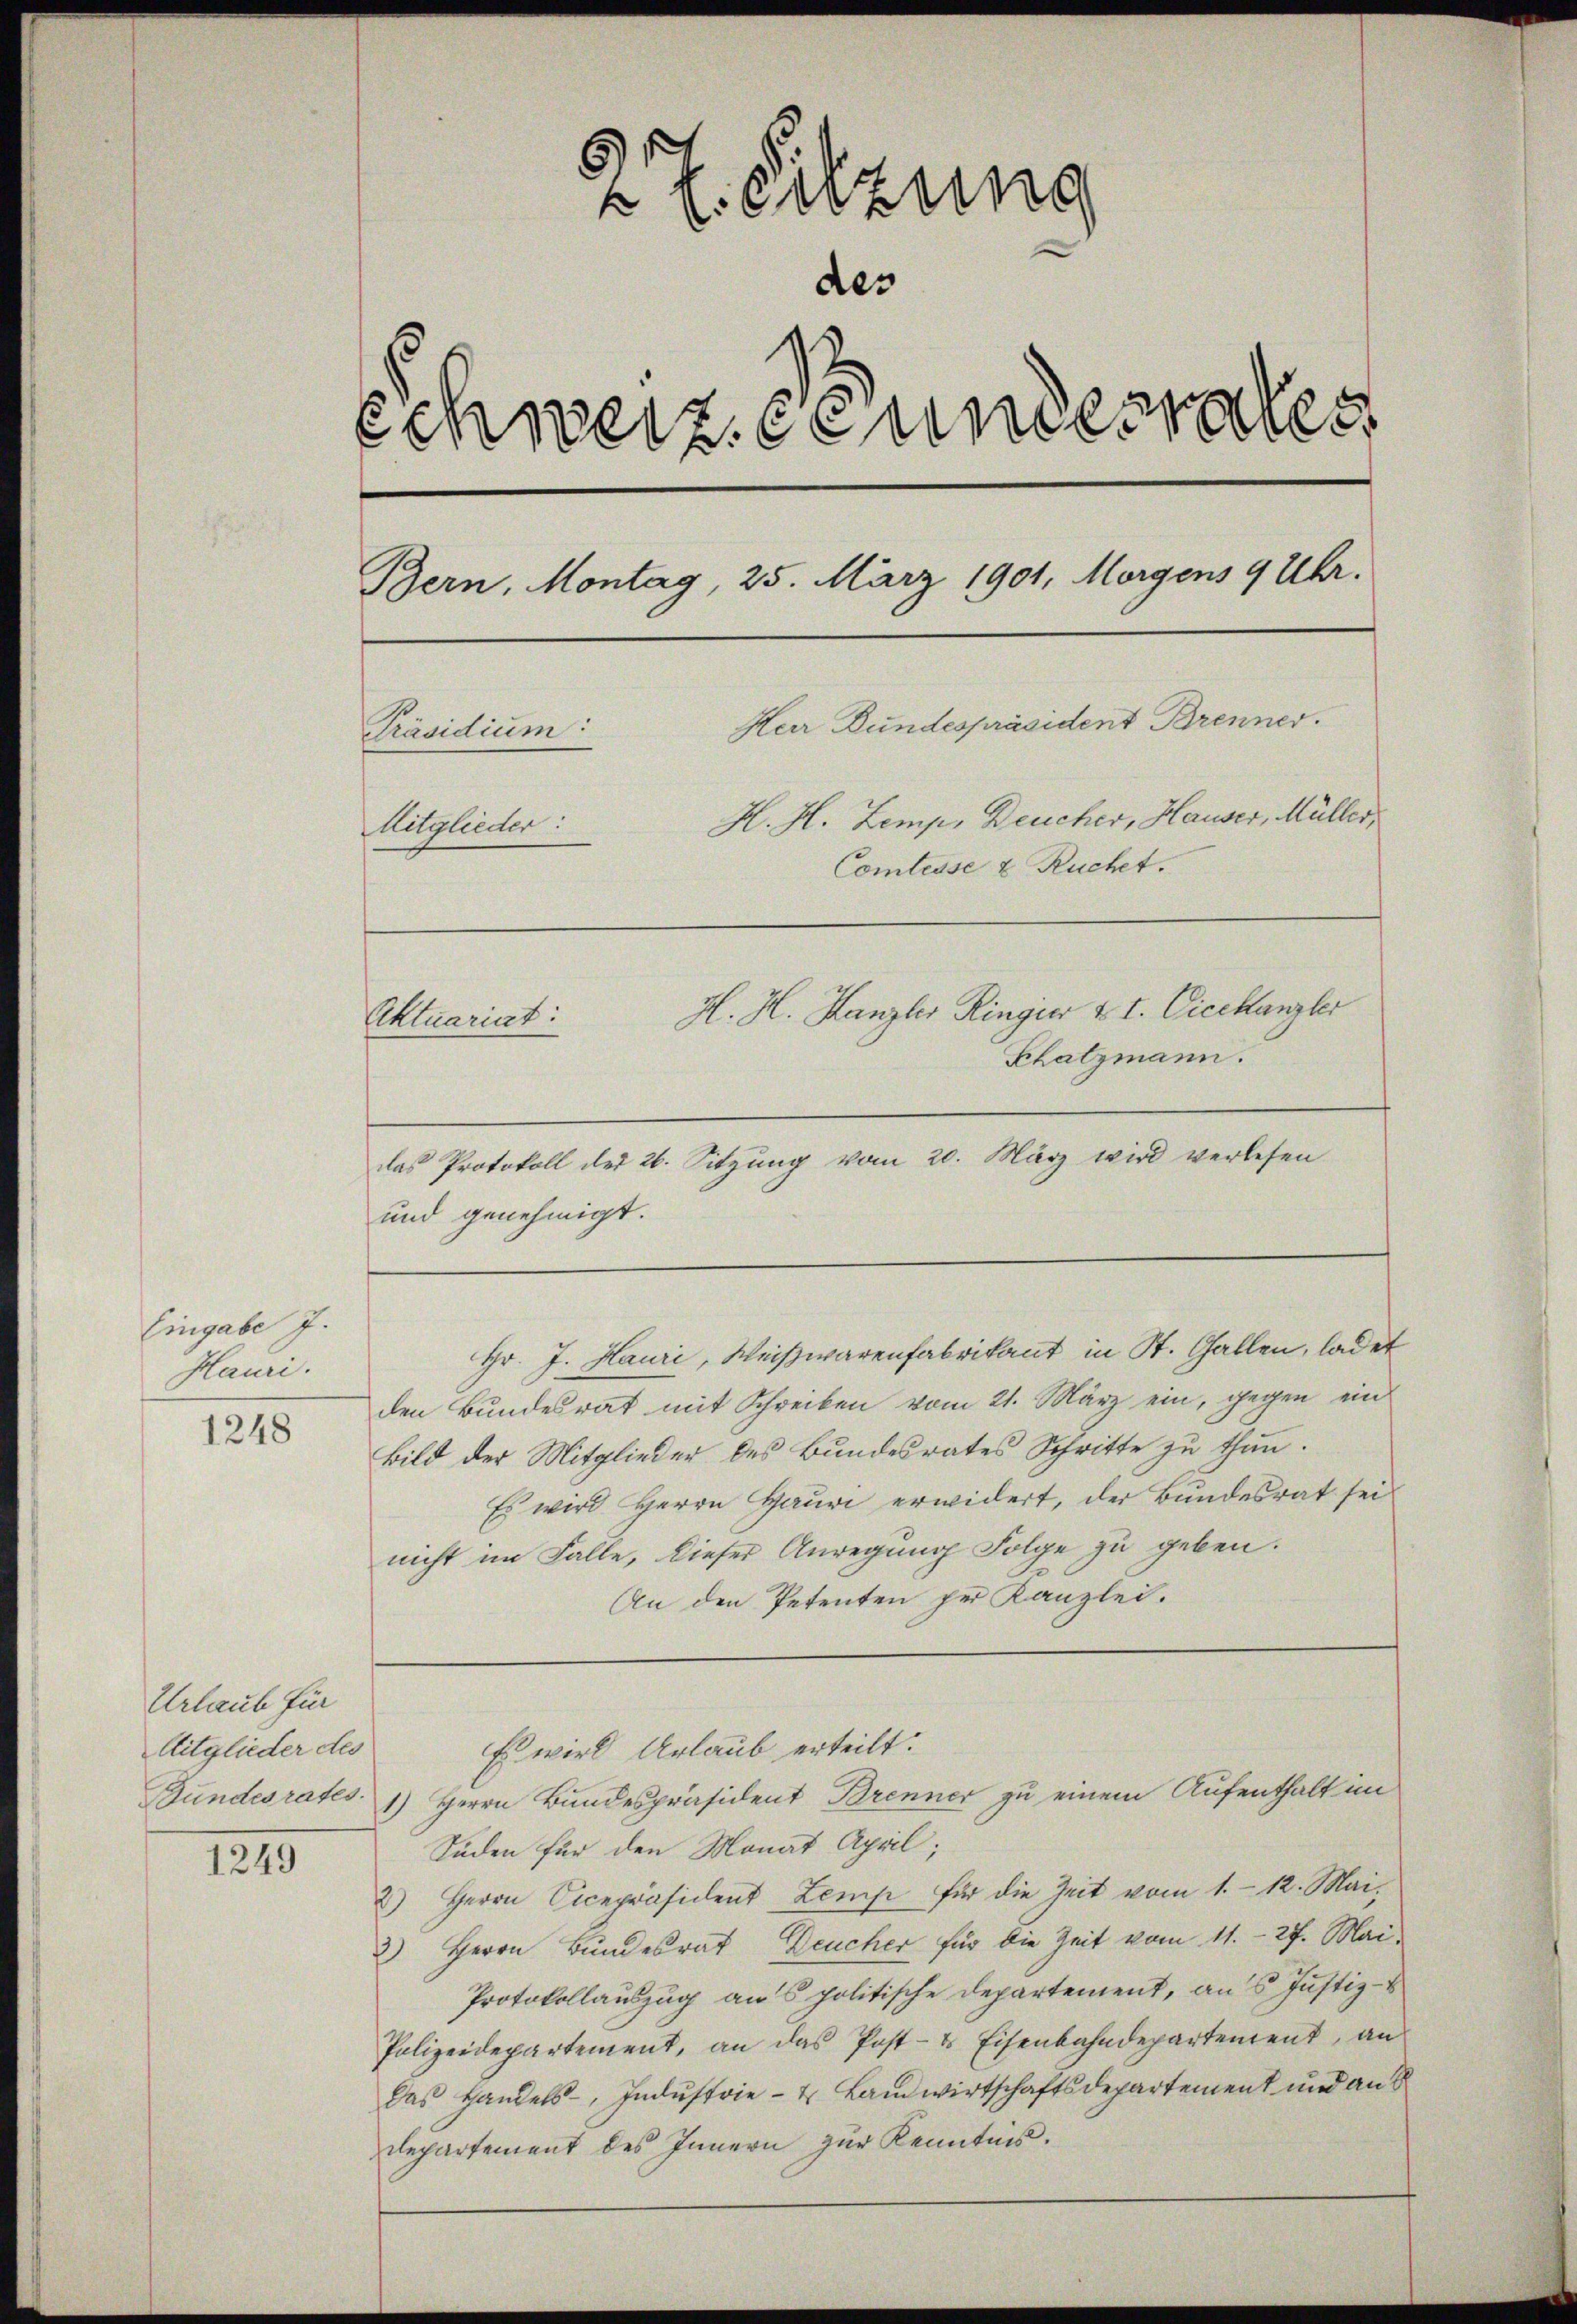
Eingabe J.
Hauri.

1248

Urlaub für
Aitglieder des
Bundesrates.

1249

2 f. eilzung
des
Schweiz. Stundesrates
Bern, Montag, 25. März 1901, Morgens 9 Uhr.
Herr Bundespräsident Brenner.
Präsidium:
H. H. Zemp, Deucher, Hauser, Müller,
Mitglieder:
Comtesse & Ruchet.

H. H. Hanzlei Ringier u. I. Vicekanzler
Aktuariat:

Chatzmann.
das Protokoll der 26. Sitzung vom 20. März wird verlesen
und genehmigt.
Hr. J. Hauri, Weißwarenfabrikant in St. Gallen, ladet
den Bundesrat mit Schreiben vom 21. März ein, gegen ein
Bild der Mitglieder des Bundesrates Schritte zu thun.
Es wird Herrn Hauri erwidert, der Bundesrat sei
nicht im Falle, dieser Anregung Folge zu geben.
An den Petenten per Kanzlei.

Es wird Urlaub erteilt.

1) Herrn Bundespräsident Brenner zu einem Aufenthalt im

Süden für den Monat April;
2) Herrn Cicepräsident Zemp für die Zeit vom 1. 12. Mai,
2) Herrn Bundesrat Deucher für die Zeit vom 11. 27. Mai
Protokollauszug aus politische Departement, aus Justiz-
Polizeidepartement, an das Post- & Eisenbahndepartement, an
Das Handels-, Industrie- & Landwirtschaftsdepartement und an d
Departement des Innern zur Kenntnis.